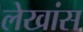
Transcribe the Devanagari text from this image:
लेखांस